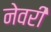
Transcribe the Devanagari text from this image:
नेवरी